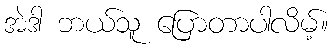
အဲဒါ ဘယ်သူ ပြောတာပါလိမ့်။